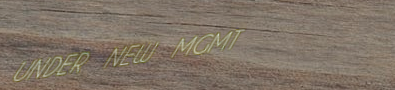
UNDER NEW MGMT